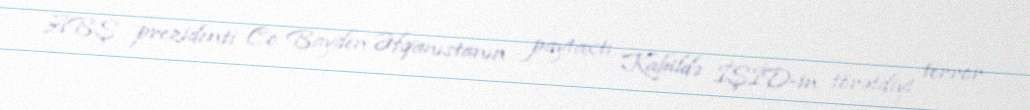
ABŞ prezidenti Co Bayden Əfqanıstanın paytaxtı Kabildə İŞİD-in törətdiyi terror